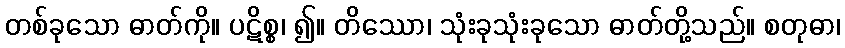
တစ်ခုသော ဓာတ်ကို။ ပဋိစ္စ၊ ၍။ တိဿော၊ သုံးခုသုံးခုသော ဓာတ်တို့သည်။ စတုဓာ၊